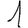
Digit: 1